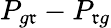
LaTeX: P_{g\mathfrak{r}}-P_{\mathfrak{r}g}